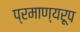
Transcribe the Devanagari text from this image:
प्रमाण्यरूप